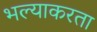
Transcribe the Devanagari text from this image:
भल्याकरता